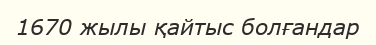
1670 жылы қайтыс болғандар